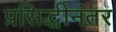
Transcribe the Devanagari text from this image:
प्रसिद्धीनंतर